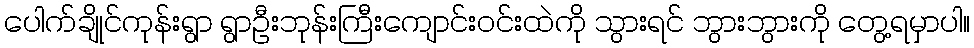
ပေါက်ချိုင်ကုန်းရွာ ရွာဦးဘုန်းကြီးကျောင်းဝင်းထဲကို သွားရင် ဘွားဘွားကို တွေ့ရမှာပါ။